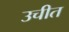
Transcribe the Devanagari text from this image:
उचीत